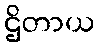
ဌိတာယ